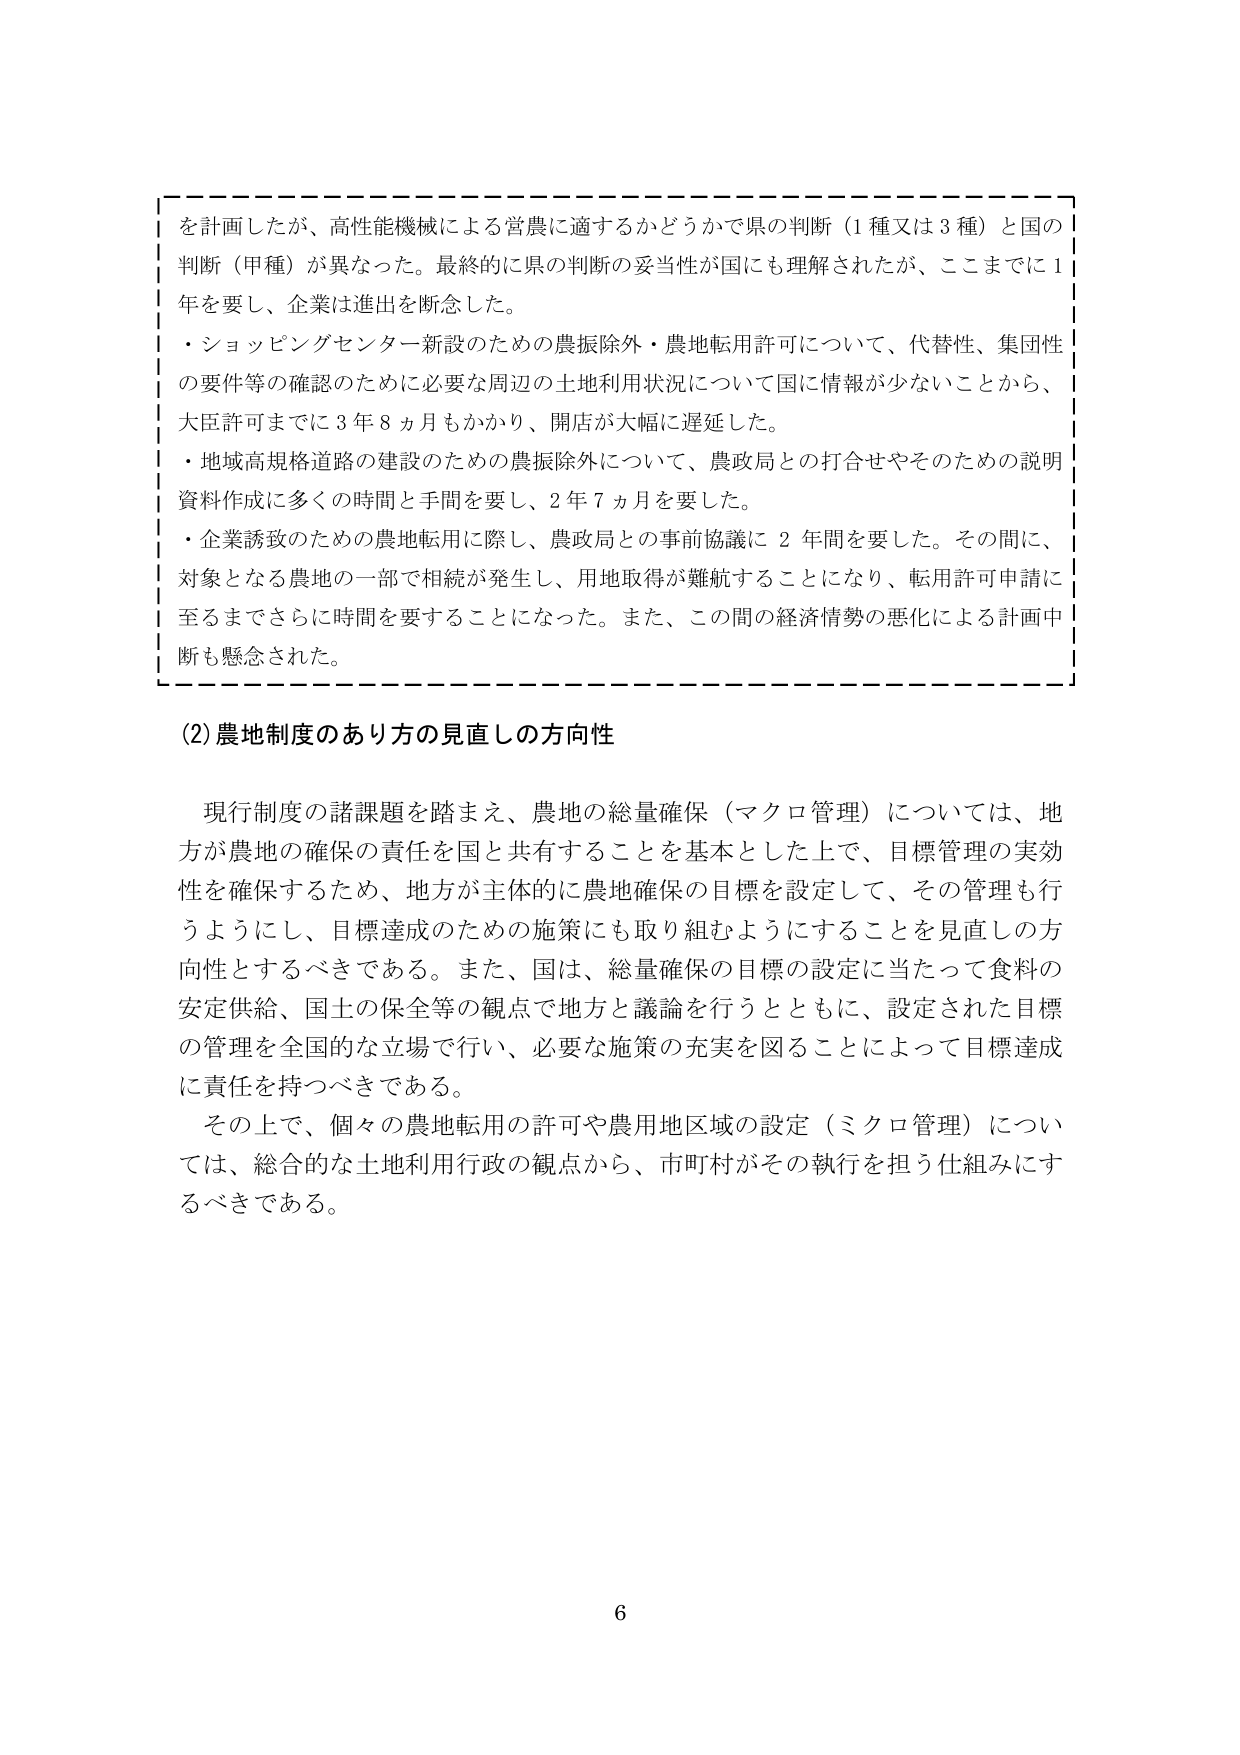
を計画したが、高性能機械による営農に適するかどうかで県の判断（1種又は3種）と国の判断（甲種）が異なった。最終的に県の判断の妥当性が国にも理解されたが、ここまでに1年を要し、企業は進出を断念した。
・ショッピングセンター新設のための農振除外・農地転用許可について、代替性、集団性の要件等の確認のために必要な周辺の土地利用状況について国に情報が少ないことから、大臣許可までに3年8ヵ月もかかり、開店が大幅に遅延した。
・地域高規格道路の建設のための農振除外について、農政局との打合せやそのための説明資料作成に多くの時間と手間を要し、2年7ヵ月を要した。
・企業誘致のための農地転用に際し、農政局との事前協議に2年間を要した。その間に、対象となる農地の一部で相続が発生し、用地取得が難航することになり、転用許可申請に至るまでさらに時間を要することになった。また、この間の経済情勢の悪化による計画中断も懸念された。

(2) 農地制度のあり方の見直しの方向性

現行制度の諸課題を踏まえ、農地の総量確保（マクロ管理）については、地方が農地の確保の責任を国と共有することを基本とした上で、目標管理の実効性を確保するため、地方が主体的に農地確保の目標を設定して、その管理も行うようにし、目標達成のための施策にも取り組むようにすることを見直しの方向性とするべきである。また、国は、総量確保の目標の設定に当たって食料の安定供給、国土の保全等の観点で地方と議論を行うとともに、設定された目標の管理を全国的な立場で行い、必要な施策の充実を図ることによって目標達成に責任を持つべきである。
その上で、個々の農地転用の許可や農用地区域の設定（ミクロ管理）については、総合的な土地利用行政の観点から、市町村がその執行を担う仕組みにするべきである。

6